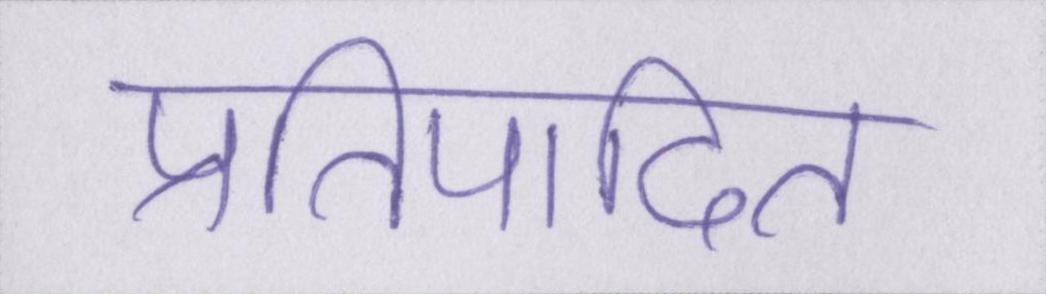
प्रतिपादित